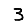
Digit: 3